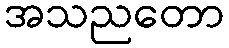
အသညတော